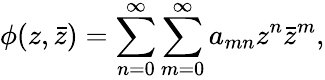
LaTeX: \phi(z,\bar{z})=\sum_{n=0}^{\infty}\sum_{m=0}^{\infty}a_{mn}z^{n}\bar{z}^{m},